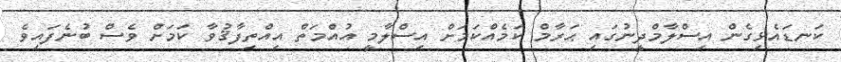
ކަނޑައެޅިގެން އިސްލާމްދީނުގައި ޙަރާމް ކަމެއްކަމަށް އިސްލާމީ އުއްމަތް އިއްތިފާޤުވާ ކަމަށް ވެސް ބުނެފައިވެ